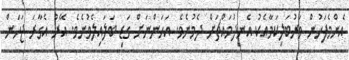
އެންމެފަހުން ވަރުބަލިކަމާއެކު އެނދުމައްޗަށް ދެމުނެވެ. އަހަންނަށް ގަޑި ބަލައިލެވުނެވެ. އޭރު އެގާރަ ޖަހަން